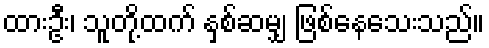
ထားဦး၊ သူတို့ထက် နှစ်ဆမျှ ဖြစ်နေသေးသည်။